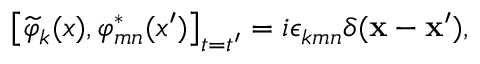
\left[ \widetilde { \varphi } _ { k } ( x ) , \varphi _ { m n } ^ { * } ( x ^ { \prime } ) \right] _ { t = t ^ { \prime } } = i \epsilon _ { k m n } \delta ( \mathbf { x } - \mathbf { x } ^ { \prime } ) ,